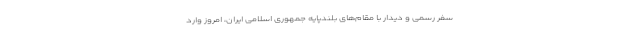
سفر رسمی و دیدار با مقام‌های بلندپایه جمهوری اسلامی ایران، امروز وارد